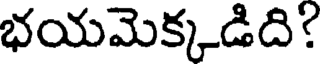
భయమెక్కడిది?